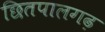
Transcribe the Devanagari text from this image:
छितपालगढ़